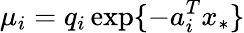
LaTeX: \mu_{i}=q_{i}\exp\{ -a_{i}^{T}x_{*}\}